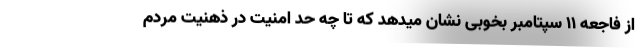
از فاجعه 11 سپتامبر بخوبی نشان میدهد که تا چه حد امنیت در ذهنیت مردم